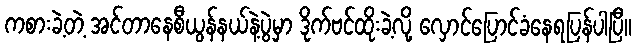
ကစားခဲ့တဲ့ အင်တာနေစီယွန်နယ်နဲ့ပွဲမှာ ဒိုက်ဗင်ထိုးခဲ့လို့ လှောင်ပြောင်ခံနေရပြန်ပါပြီ။